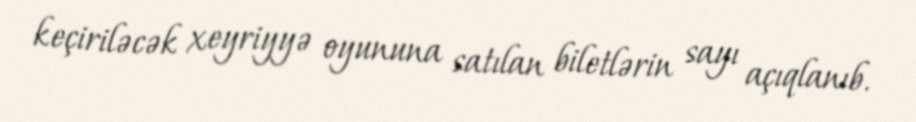
keçiriləcək xeyriyyə oyununa satılan biletlərin sayı açıqlanıb.